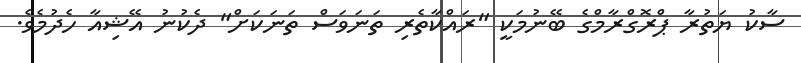
ސާކު ޔަތުރާ ޕްރޮގްރާމްގެ ބޭނުމަކީ "ރައްކާތެރި ތަނަވަސް ތަނަކަށް" ދެކުނު އޭޝިއާ ހެދުމެވެ.